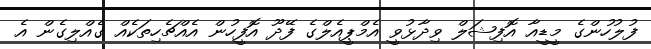
ފުލުހުންގެ މީޑީއާ އޮފިޝަލް ވިދާޅުވީ އެމްޕީއެލްގެ ފޭދޫ އޮފީހުން އެއްޗެހިތަކެއް ގެއްލިގެން އެ